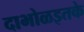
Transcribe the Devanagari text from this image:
दाभोळइतके